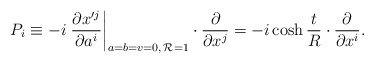
\begin{align*}P_{i}\equiv -i\left.\frac{\partial x'^{j}}{\partial a^{i}}\right|_{a=b=v=0,\,{\cal R}=1}\cdot\frac{\partial}{\partial x^{j}}=-i\cosh\frac{t}{R}\cdot\frac{\partial}{\partial x^{i}}.\end{align*}